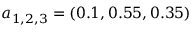
a _ { 1 , 2 , 3 } = ( 0 . 1 , 0 . 5 5 , 0 . 3 5 )